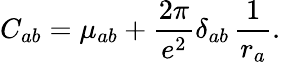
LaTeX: C_{ab}=\mu_{ab}+\frac{2\pi}{e^{2}}\delta_{ab}\, \frac{1}{r_{a}}.